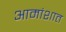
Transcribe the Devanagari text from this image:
आमांशात